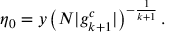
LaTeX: \eta _ { 0 } = y \left( N | g _ { k + 1 } ^ { c } | \right) ^ { - \frac { 1 } { k + 1 } } .